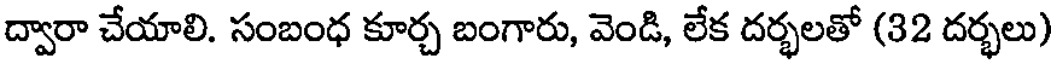
ద్వారా చేయాలి. సంబంధ కూర్చ బంగారు, వెండి, లేక దర్భలతో (32 దర్భలు)